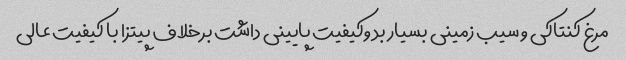
مرغ کنتاکی و سیب زمینی بسیار بد و‌کیفیت پایینی داشت برخلاف پیتزا با کیفیت عالی